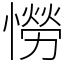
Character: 憦